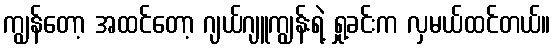
ကျွန်တော့ အထင်တော့ ဂျယ်ဂျူကျွန်းရဲ့ ရှု့ခင်းက လှမယ်ထင်တယ်။